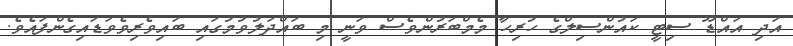
އަދި އައްޑޫ ސިޓީ ކައުންސިލްގެ ހުރިހާ މެމްބަރުންވެސް ވަނީ މި ބައްދަލުވުމުގައި ބައިވެރިވެވަޑައިގެންފައެވެ.